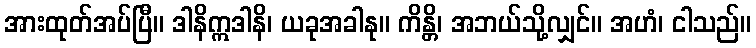
အားထုတ်အပ်ပြီ။ ဒါနိဣဒါနိ၊ ယခုအခါနု။ ကိန္တိ၊ အဘယ်သို့လျှင်။ အဟံ၊ ငါသည်။